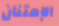
الإمتنان